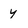
Character: y